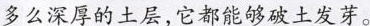
多么深厚的土层，它都能够破土发芽。